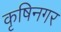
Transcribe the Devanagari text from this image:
कृषिनगर